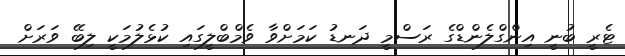
ޓެރީ ބުނީ އިންގްލެންޑްގެ ރަސްމީ ދަނޑު ކަމަށްވާ ވެމްބްލީގައި ކުޅެލުމަކީ ލިބޭ ވަރަށް